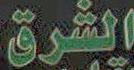
الشرق